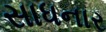
સાધનાર